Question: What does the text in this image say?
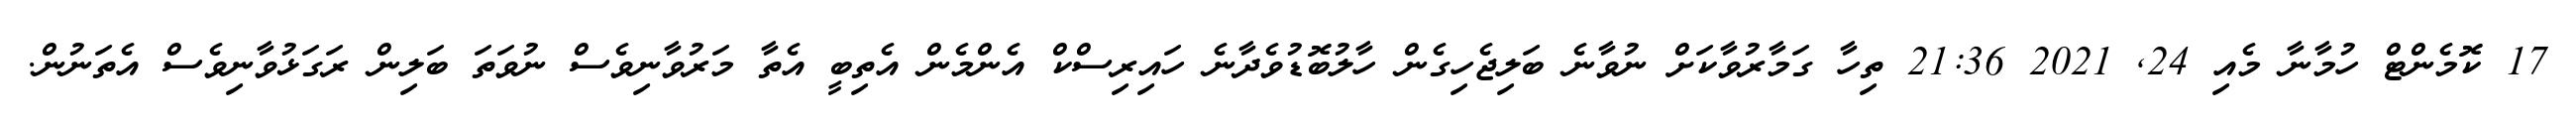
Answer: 17 ކޮމެންޓް ހުމާނާ މެއި 24, 2021 21:36 ތިހާ ގަމާރުވާކަށް ނުވާނެ ބަލިޖެހިގެން ހާލުބޮޑުވެދާނެ ހައިރިސްކް އެންމެން އެތިބީ އެތާ މަރުވާނިވެސް ނުވަތަ ބަލިން ރަގަޅުވާނިވެސް އެތަނުން.